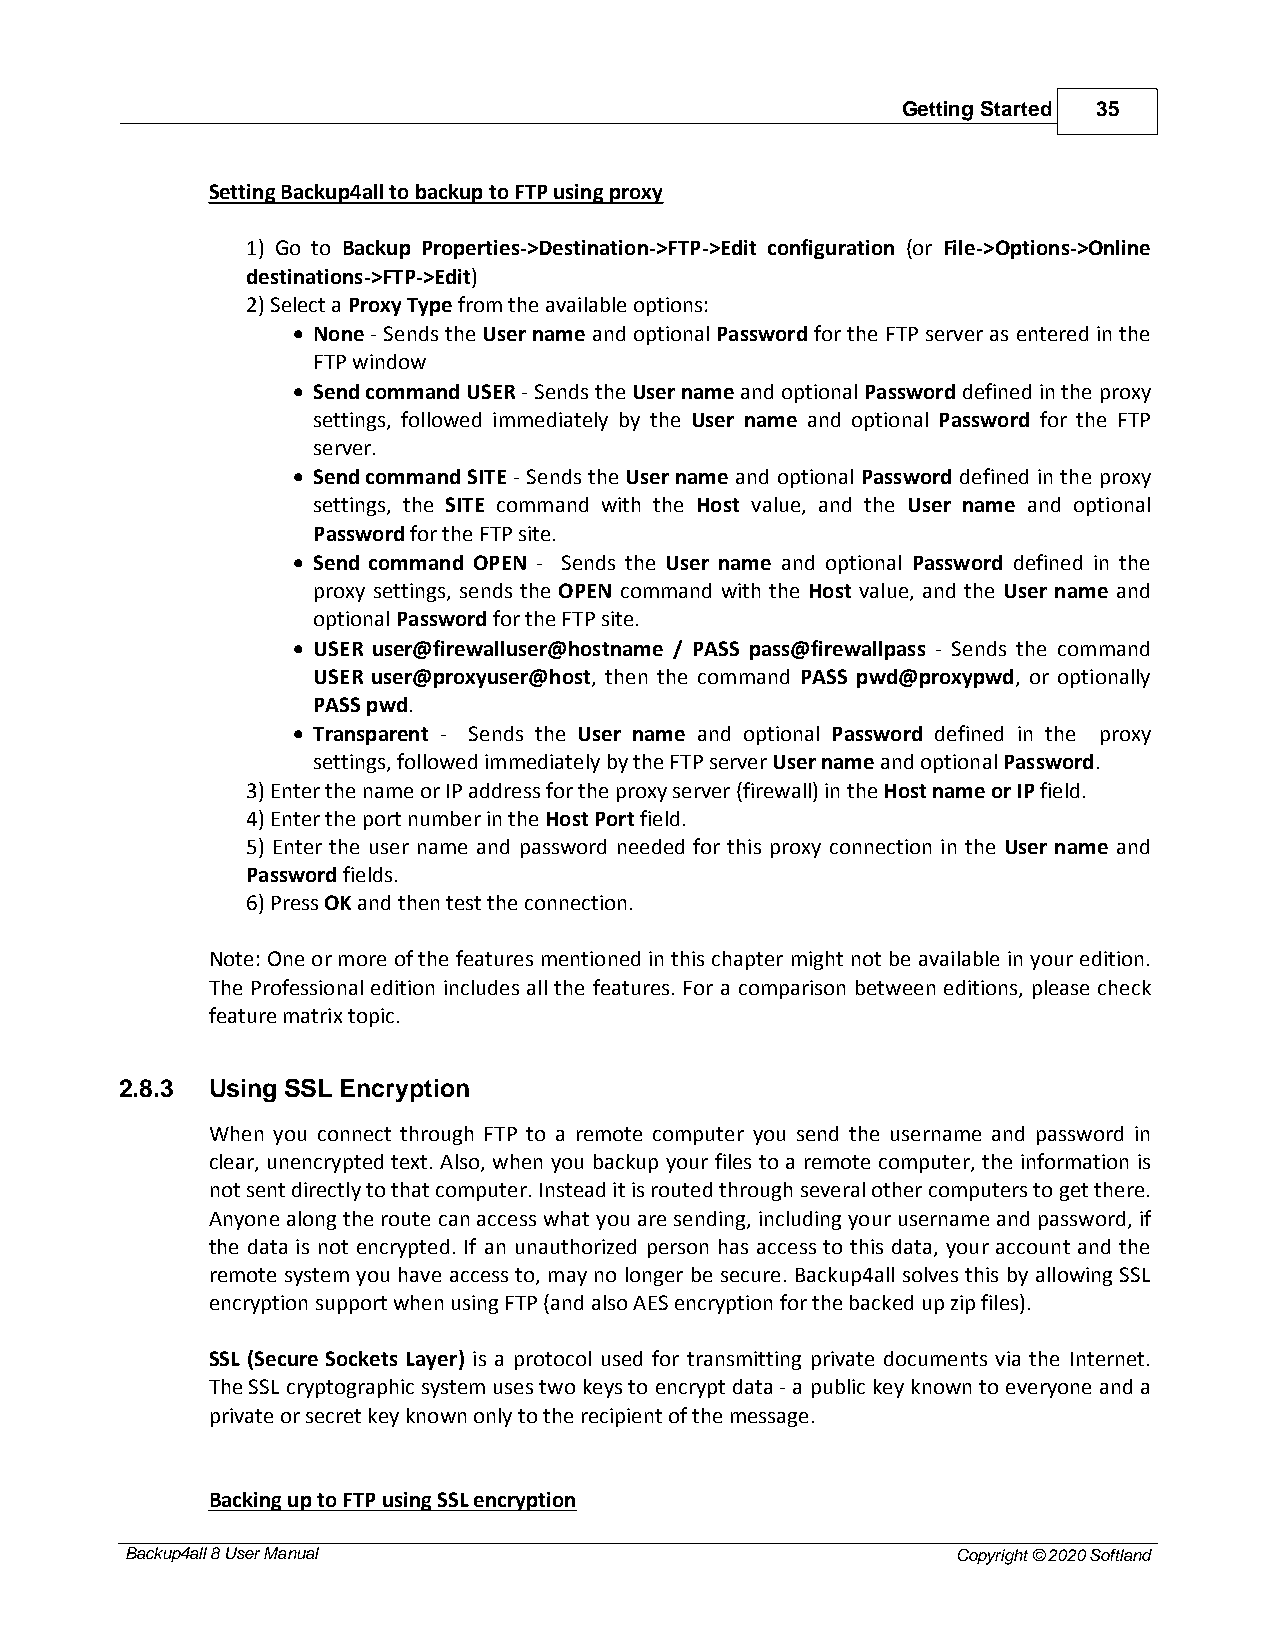
Getting Started 35
 Setting Backup4all to backup to FTP using proxy
 1) Go to Backup Properties->Destination->FTP->Edit configuration (or File->Options->Online
 destinations->FTP->Edit)
 2) Select a Proxy Type from the available options:
 · None - Sends the User name and optional Password for the FTP server as entered in the
 FTP window
 · Send command USER - Sends the User name and optional Password defined in the proxy
 settings, followed immediately by the User name and optional Password for the FTP
 server.
 · Send command SITE - Sends the User name and optional Password defined in the proxy
 settings, the SITE command with the Host value, and the User name and optional
 Password for the FTP site.
 · Send command OPEN - Sends the User name and optional Password defined in the
 proxy settings, sends the OPEN command with the Host value, and the User name and
 optional Password for the FTP site.
 · USER user@firewalluser@hostname / PASS pass@firewallpass - Sends the command
 USER user@proxyuser@host, then the command PASS pwd@proxypwd, or optionally
 PASS pwd.
 · Transparent - Sends the User name and optional Password defined in the proxy
 settings, followed immediately by the FTP server User name and optional Password.
 3) Enter the name or IP address for the proxy server (firewall) in the Host name or IP field.
 4) Enter the port number in the Host Port field.
 5) Enter the user name and password needed for this proxy connection in the User name and
 Password fields.
 6) Press OK and then test the connection.
 Note: One or more of the features mentioned in this chapter might not be available in your edition.
 The Professional edition includes all the features. For a comparison between editions, please check
 feature matrix topic.
 2.8.3 Using SSL Encryption
 When you connect through FTP to a remote computer you send the username and password in
 clear, unencrypted text. Also, when you backup your files to a remote computer, the information is
 not sent directly to that computer. Instead it is routed through several other computers to get there.
 Anyone along the route can access what you are sending, including your username and password, if
 the data is not encrypted. If an unauthorized person has access to this data, your account and the
 remote system you have access to, may no longer be secure. Backup4all solves this by allowing SSL
 encryption support when using FTP (and also AES encryption for the backed up zip files).
 SSL (Secure Sockets Layer) is a protocol used for transmitting private documents via the Internet.
 The SSL cryptographic system uses two keys to encrypt data - a public key known to everyone and a
 private or secret key known only to the recipient of the message.
 Backing up to FTP using SSL encryption
 Backup4all 8 User Manual                               Copyright © 2020 Softland